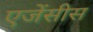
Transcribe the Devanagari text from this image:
एजेंसीस